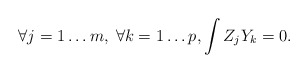
\begin{align*} \forall j=1\ldots m,\; \forall k=1\ldots p,\int Z_jY_k=0.\end{align*}